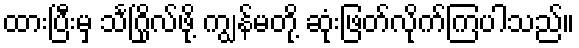
ထားပြီးမှ သင်္ဂြိုလ်ဖို့ ကျွန်မတို့ ဆုံးဖြတ်လိုက်ကြပါသည်။